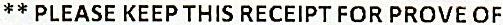
** PLEASE KEEP THIS RECEIPT FOR PROVE OF